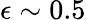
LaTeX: \epsilon\sim 0.5